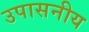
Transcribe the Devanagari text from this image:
उपासनीय